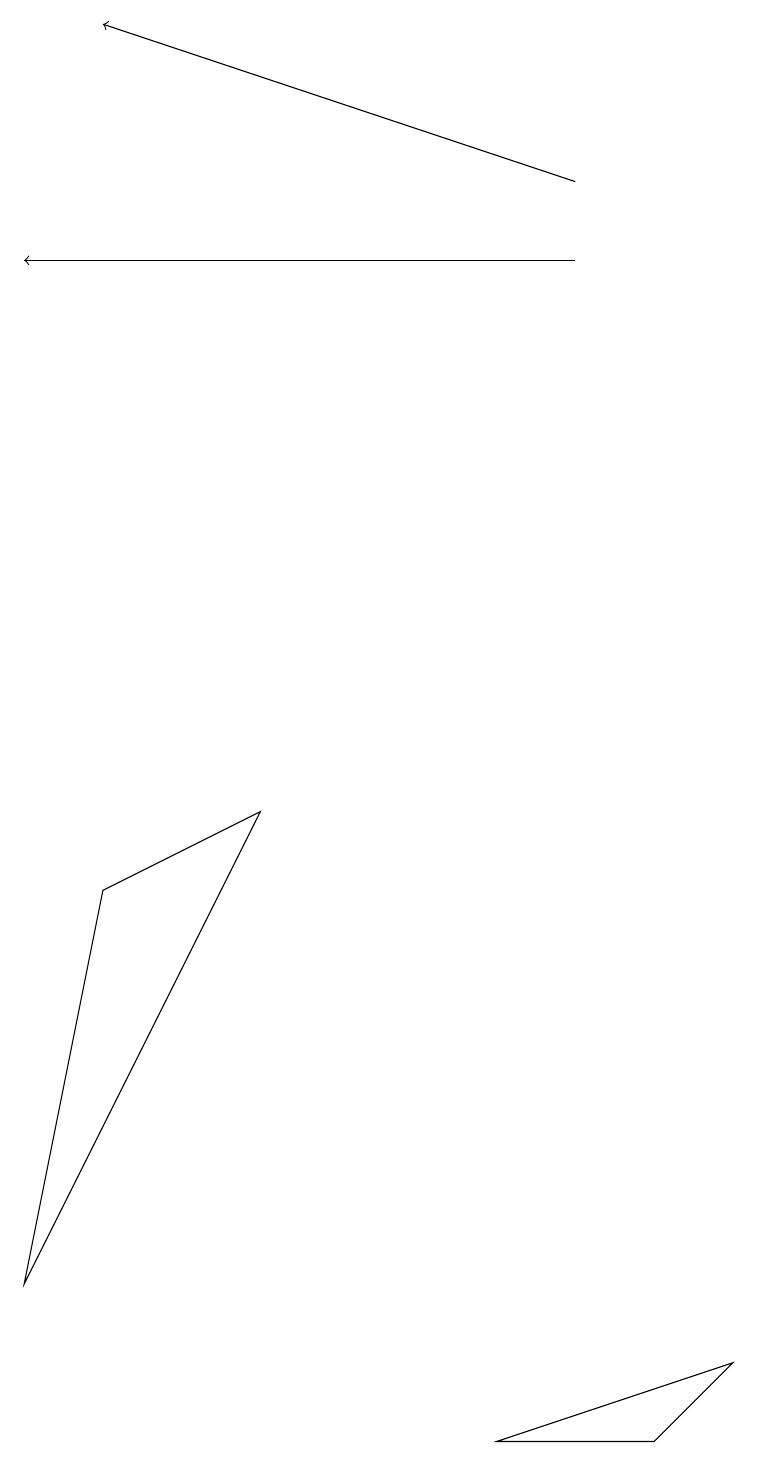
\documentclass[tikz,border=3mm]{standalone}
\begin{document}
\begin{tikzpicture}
\draw (8,0) -- (9,1) -- (6,0) -- cycle;
\draw[->] (7,16) -- (1,18);
\draw[->] (7,15) -- (0,15);
\draw (1,7) -- (0,2) -- (3,8) -- cycle;
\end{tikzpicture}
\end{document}